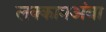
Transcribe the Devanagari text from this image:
लक्कामअंबा